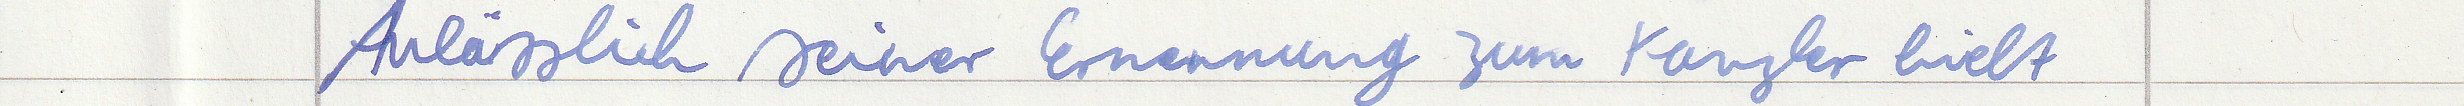
Anlässlich seiner Ernennung zum Kanzler hielt